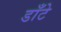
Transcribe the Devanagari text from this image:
डाँटे